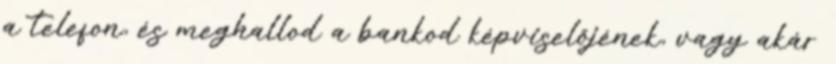
a telefon, és meghallod a bankod képviselőjének, vagy akár